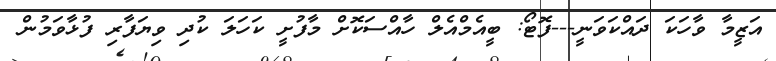
އަޒީމާ ވާހަކަ ދައްކަވަނީ---ފޮޓޯ: ބީއެމްއެލް ހާއްސަކޮށް މާފުށީ ކަހަލަ ކުދި ވިޔަފާރި ފުޅާވަމުން